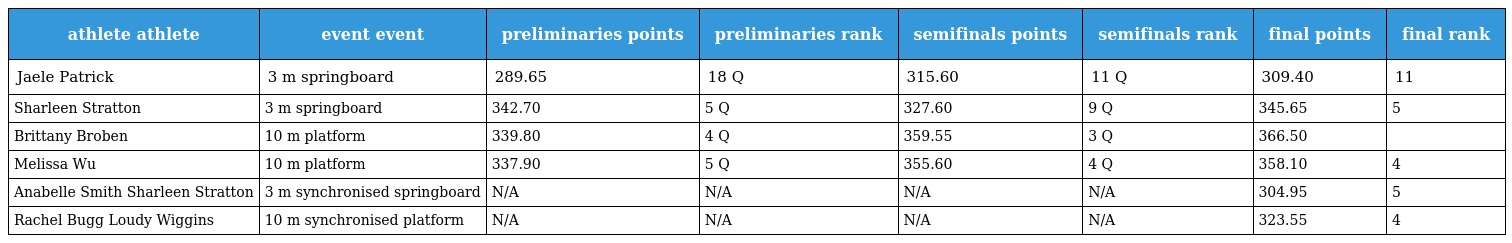
| athlete athlete | event event | preliminaries points | preliminaries rank | semifinals points | semifinals rank | final points | final rank |
 | --- | --- | --- | --- | --- | --- | --- | --- |
 | Jaele Patrick | 3 m springboard | 289.65 | 18 Q | 315.60 | 11 Q | 309.40 | 11 |
 | Sharleen Stratton | 3 m springboard | 342.70 | 5 Q | 327.60 | 9 Q | 345.65 | 5 |
 | Brittany Broben | 10 m platform | 339.80 | 4 Q | 359.55 | 3 Q | 366.50 |  |
 | Melissa Wu | 10 m platform | 337.90 | 5 Q | 355.60 | 4 Q | 358.10 | 4 |
 | Anabelle Smith Sharleen Stratton | 3 m synchronised springboard | N/A | N/A | N/A | N/A | 304.95 | 5 |
 | Rachel Bugg Loudy Wiggins | 10 m synchronised platform | N/A | N/A | N/A | N/A | 323.55 | 4 |